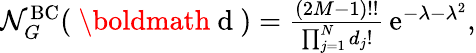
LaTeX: \begin{array}{r}{\mathcal{N}_{G}^{\mathrm{BC}}(\mathrm{~\boldmath~d~})=\frac{(2M-1)!!}{\prod_{j=1}^{N}d_{j}!}\, \mathrm{e}^{-\lambda-\lambda^{2}},}\end{array}